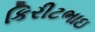
કિરીટભાઇ